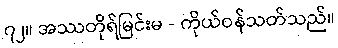
၇၂။ အဿတိုရ်မြင်းမ - ကိုယ်ဝန်သတ်သည်။